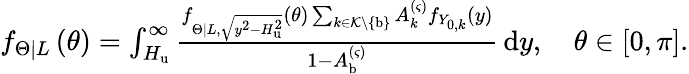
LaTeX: \begin{array}{r}{f_{\left.\Theta\right|L}\left(\theta\right)=\int_{H_{\mathrm{u}}}^{\infty}{\frac{f_{\left.\Theta\right|L,\sqrt{y^{2}-H_{\mathrm{u}}^{2}}}\left(\theta\right)\sum_{k\in\mathcal{K}\backslash\left\{ \mathrm{b}\right\} }{A_{k}^{\left(\varsigma\right)}f_{Y_{0,k}}\left(y\right)}}{1-A_{\mathrm{b}}^{\left(\varsigma\right)}}\, \mathrm{d}y},\quad\theta\in\left[0,\pi\right].}\end{array}